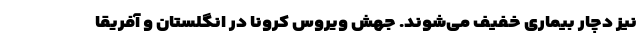
نیز دچار بیماری خفیف می‌شوند. جهش ویروس کرونا در انگلستان و آفریقا